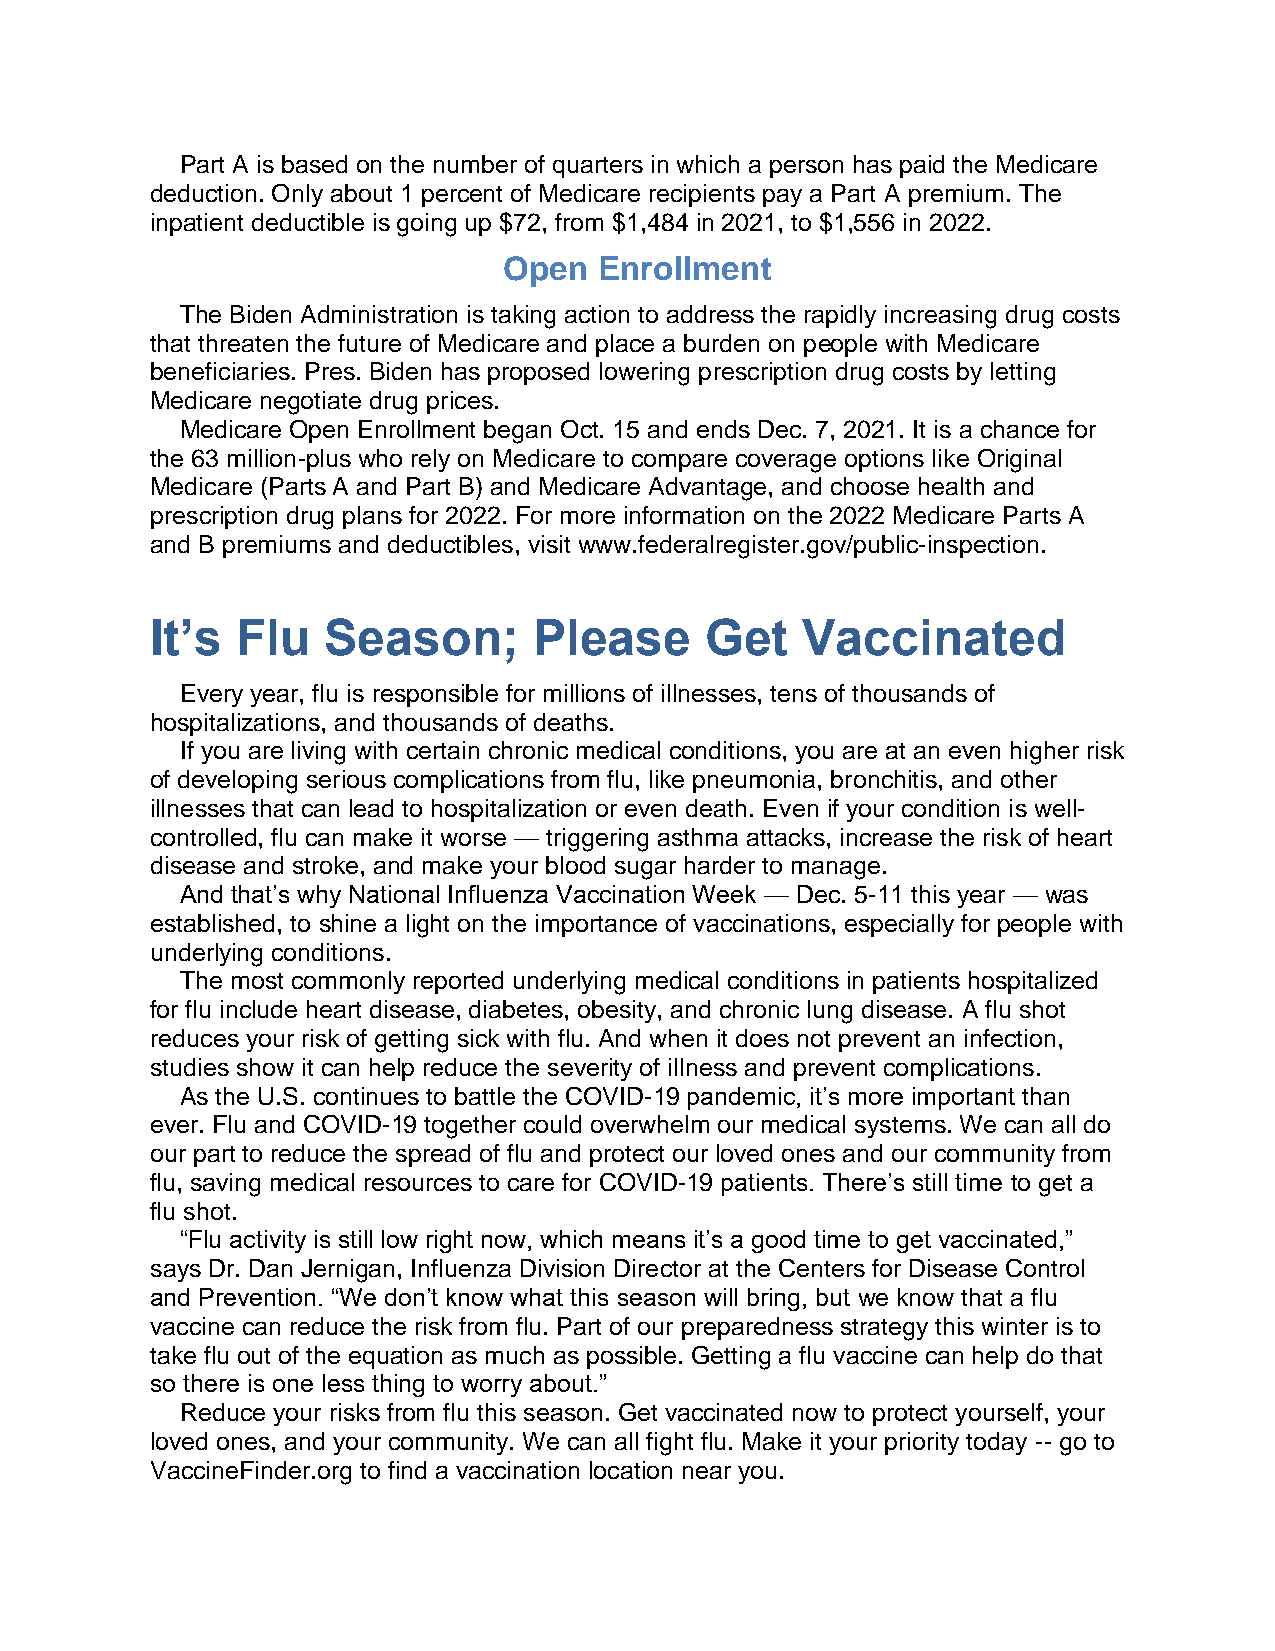
Part A is based on the number of quarters in which a person has paid the Medicare
 deduction. Only about 1 percent of Medicare recipients pay a Part A premium. The
 inpatient deductible is going up $72, from $1,484 in 2021, to $1,556 in 2022.
 Open   Enrollment
 The Biden Administration is taking action to address the rapidly increasing drug costs
 that threaten the future of Medicare and place a burden on people with Medicare
 beneficiaries. Pres. Biden has proposed lowering prescription drug costs by letting
 Medicare negotiate drug prices.
 Medicare Open Enrollment began Oct. 15 and ends Dec. 7, 2021. It is a chance for
 the 63 million-plus who rely on Medicare to compare coverage options like Original
 Medicare (Parts A and Part B) and Medicare Advantage, and choose health and
 prescription drug plans for 2022. For more information on the 2022 Medicare Parts A
 and B premiums and deductibles, visit www.federalregister.gov/public-inspection.
 It’s  Flu   Season;      Please      Get   Vaccinated
 Every year, flu is responsible for millions of illnesses, tens of thousands of
 hospitalizations, and thousands of deaths.
 If you are living with certain chronic medical conditions, you are at an even higher risk
 of developing serious complications from flu, like pneumonia, bronchitis, and other
 illnesses that can lead to hospitalization or even death. Even if your condition is well-
 controlled, flu can make it worse — triggering asthma attacks, increase the risk of heart
 disease and stroke, and make your blood sugar harder to manage.
 And that’s why National Influenza Vaccination Week — Dec. 5-11 this year — was
 established, to shine a light on the importance of vaccinations, especially for people with
 underlying conditions.
 The most commonly reported underlying medical conditions in patients hospitalized
 for flu include heart disease, diabetes, obesity, and chronic lung disease. A flu shot
 reduces your risk of getting sick with flu. And when it does not prevent an infection,
 studies show it can help reduce the severity of illness and prevent complications.
 As the U.S. continues to battle the COVID-19 pandemic, it’s more important than
 ever. Flu and COVID-19 together could overwhelm our medical systems. We can all do
 our part to reduce the spread of flu and protect our loved ones and our community from
 flu, saving medical resources to care for COVID-19 patients. There’s still time to get a
 flu shot.
 “Flu activity is still low right now, which means it’s a good time to get vaccinated,”
 says Dr. Dan Jernigan, Influenza Division Director at the Centers for Disease Control
 and Prevention. “We don’t know what this season will bring, but we know that a flu
 vaccine can reduce the risk from flu. Part of our preparedness strategy this winter is to
 take flu out of the equation as much as possible. Getting a flu vaccine can help do that
 so there is one less thing to worry about.”
 Reduce your risks from flu this season. Get vaccinated now to protect yourself, your
 loved ones, and your community. We can all fight flu. Make it your priority today -- go to
 VaccineFinder.org to find a vaccination location near you.